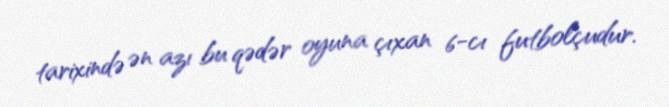
tarixində ən azı bu qədər oyuna çıxan 6-cı futbolçudur.